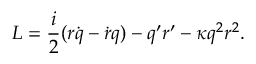
{ \cal L } = \frac { i } { 2 } ( r \dot { q } - \dot { r } q ) - q ^ { \prime } r ^ { \prime } - \kappa q ^ { 2 } r ^ { 2 } .